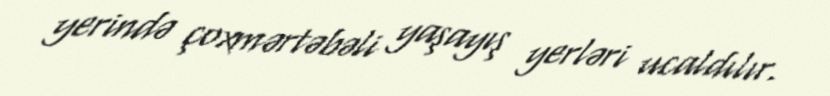
yerində çoxmərtəbəli yaşayış yerləri ucaldılır.